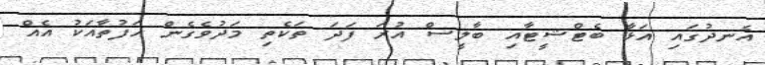
އެނދުގައި އަޅާ ބެޓްޝީޓާއި ބާލީސް އުރަ ފަދަ ތަކެތި މަދުވެގެން ހަފުތާއަކު އެއް